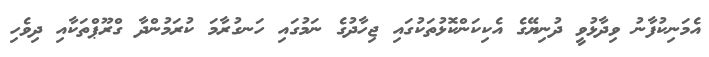
އެމަނިކުފާނު ވިދާޅުވީ ދުނިޔޭގެ އެކިކަންކޮޅުތަކުގައި ޖިހާދުގެ ނަމުގައި ހަނގުރާމަ ކުރަމުންދާ ގްރޫޕްތަކާއި ދިވެހި